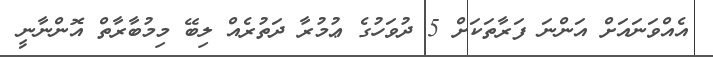
އެއްވަނައަށް އަންނަ ފަރާތަކަށް 5 ދުވަހުގެ ޢުމުރާ ދަތުރެއް ލިބޭ މިމުބާރާތް އޮންނާނީ